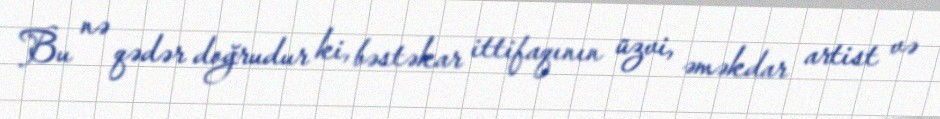
Bu nə qədər doğrudur ki, bəstəkar ittifaqının üzvi, əməkdar artist və